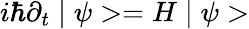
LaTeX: i\hbar\partial_{t}\mid\psi>=H\mid\psi>